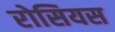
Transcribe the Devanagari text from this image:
रोसियस